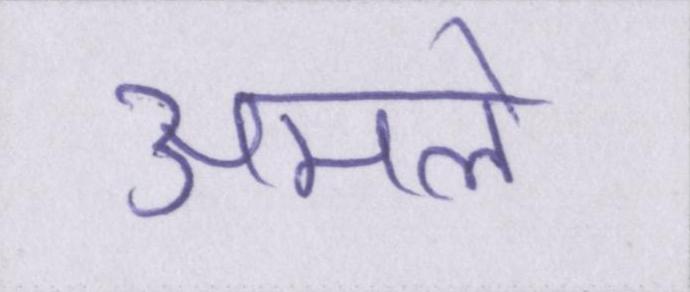
अमले